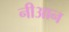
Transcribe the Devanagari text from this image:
नीआन